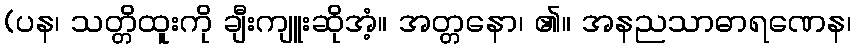
(ပန၊ သတ္တိထူးကို ချီးကျူးဆိုအံ့။ အတ္တနော၊ ၏။ အနညသာဓာရဏေန၊